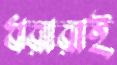
ধরারাই